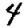
Digit: 4